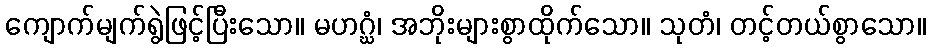
ကျောက်မျက်ရွဲဖြင့်ပြီးသော။ မဟဂ္ဃံ၊ အဘိုးများစွာထိုက်သော။ သုတံ၊ တင့်တယ်စွာသော။